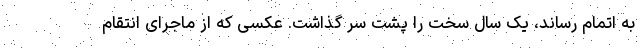
به اتمام رساند، یک سال سخت را پشت سر گذاشت. عکسی که از ماجرای انتقام